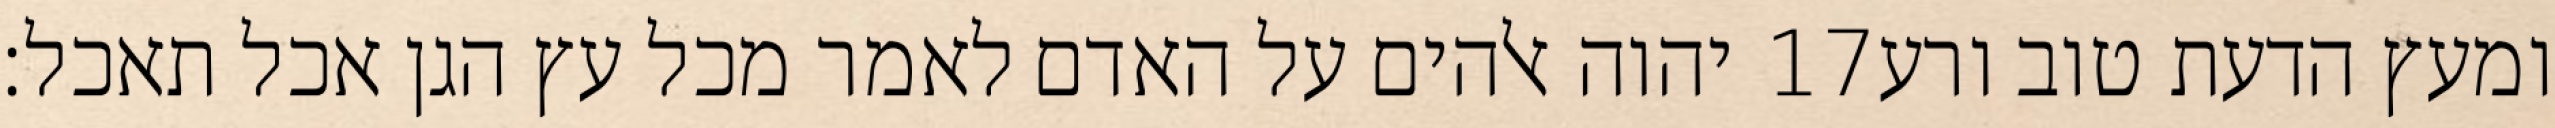
יהוה אלהים על האדם לאמר מכל עץ הגן אכל תאכל׃ ‎17‏ ומעץ הדעת טוב ורע